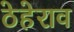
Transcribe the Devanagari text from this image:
ठेहेराव